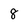
Character: 8